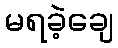
မရခဲ့ချေ